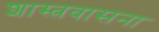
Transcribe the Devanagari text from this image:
शास्त्रवासना